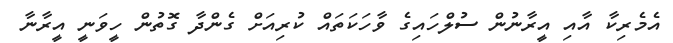
އެމެރިކާ އާއި އީރާނުން ސުލްހައިގެ ވާހަކަތައް ކުރިއަށް ގެންދާ ގޮތުން ހީވަނީ އީރާނާ